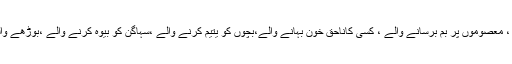
کیا اپنے مفادات کی خاطرقتل و غارت کرنے والے ، معصوموں پر بم برسانے والے ، کسی کاناحق خون بہانے والے،بچوں کو یتیم کرنے والے ،سہاگن کو بیوہ کرنے والے ،بوڑھے والدین کو بے سہارا کرنے والے انسان ہو سکتے ہیں؟